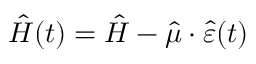
\hat { H } ( t ) = \hat { H } - \hat { \mu } \cdot \hat { \varepsilon } ( t )